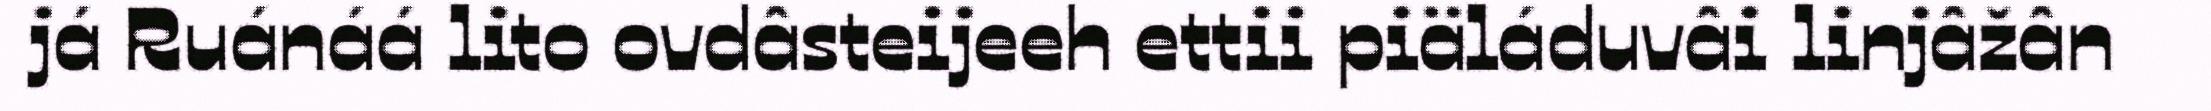
já Ruánáá lito ovdâsteijeeh ettii piäláduvâi linjâžân